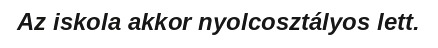
Az iskola akkor nyolcosztályos lett.